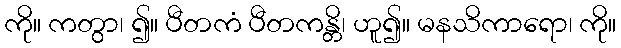
ကို။ ကတွာ၊ ၍။ ပီတကံ ပီတကန္တိ၊ ဟူ၍။ မနသိကာရော၊ ကို။